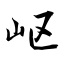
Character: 岖